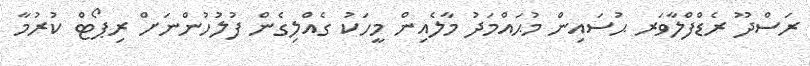
ރަސްދޫ ރެޑްފްލާވަރ ޙުސައިން މުޙައްމަދު މާލެއިން މީހަކު ގެއްލިގެން ފުލުހުންނަށް ރިޕޯޓް ކުރުމާ